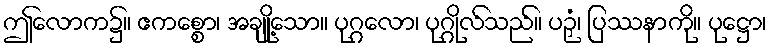
ဤလောက၌။ ဧကစ္စော၊ အချို့သော။ ပုဂ္ဂလော၊ ပုဂ္ဂိုလ်သည်။ ပဉှံ၊ ပြဿနာကို။ ပုဋ္ဌော၊